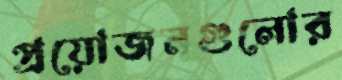
প্রয়োজনগুলোর